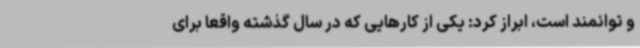
و توانمند است، ابراز کرد: یکی از کارهایی که در سال گذشته واقعاً برای